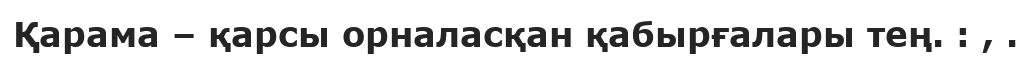
Қарама – қарсы орналасқан қабырғалары тең. : , .